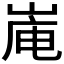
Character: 𪨿